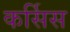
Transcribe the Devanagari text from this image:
कर्सिस